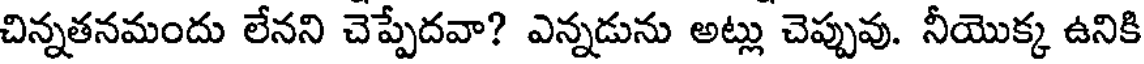
చిన్నతనమందు లేనని చెప్పేదవా? ఎన్నడును అట్లు చెప్పువు. నీయొక్క ఉనికి